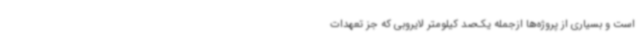
است و بسیاری از پروژه‌ها ازجمله یک‌صد کیلومتر لایروبی که جز تعهدات